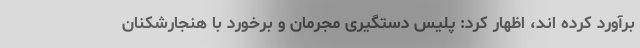
برآورد کرده اند، اظهار کرد: پلیس دستگیری مجرمان و برخورد با هنجارشکنان